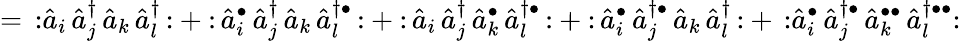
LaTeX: =\, {\mathopen{:}}{\hat{a}}_{i}\, {\hat{a}}_{j}^{\dagger}\, {\hat{a}}_{k}\, {\hat{a}}_{l}^{\dagger}\, {\mathclose{:}}+{\mathopen{:}}\, {\hat{a}}_{i}^{\bullet}\, {\hat{a}}_{j}^{\dagger}\, {\hat{a}}_{k}\, {\hat{a}}_{l}^{\dagger\bullet}\, {\mathclose{:}}+{\mathopen{:}}\, {\hat{a}}_{i}\, {\hat{a}}_{j}^{\dagger}\, {\hat{a}}_{k}^{\bullet}\, {\hat{a}}_{l}^{\dagger\bullet}\, {\mathclose{:}}+{\mathopen{:}}\, {\hat{a}}_{i}^{\bullet}\, {\hat{a}}_{j}^{\dagger\bullet}\, {\hat{a}}_{k}\, {\hat{a}}_{l}^{\dagger}\, {\mathclose{:}}+\, {\mathopen{:}}{\hat{a}}_{i}^{\bullet}\, {\hat{a}}_{j}^{\dagger\bullet}\, {\hat{a}}_{k}^{\bullet\bullet}\, {\hat{a}}_{l}^{\dagger\bullet\bullet}{\mathclose{:}}